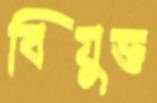
বিযুক্ত